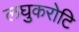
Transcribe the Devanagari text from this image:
लघुकरोटि